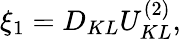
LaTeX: \xi_{1}=D_{KL}{U}_{KL}^{(2)},